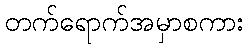
တက်ရောက်အမှာစကား